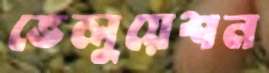
ভেলুয়েশন